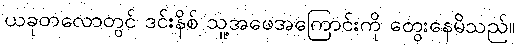
ယခုတလောတွင် ဒင်းနိစ် သူ့အဖေအကြောင်းကို တွေးနေမိသည်။